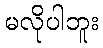
မလိုပါဘူး